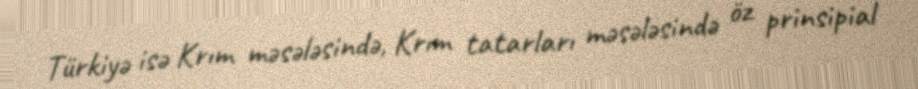
Türkiyə isə Krım məsələsində, Krım tatarları məsələsində öz prinsipial